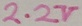
Text: 2.2V